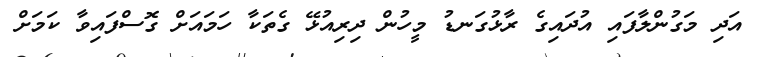
އަދި މަގުންލާފައި އުދައިގެ ރާޅުގަނޑު މީހުން ދިރިއުޅޭ ގެތަކާ ހަމައަށް ގޮސްފައިވާ ކަމަށް